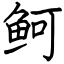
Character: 鲄